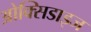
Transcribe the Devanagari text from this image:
ओक्सिडाइज